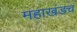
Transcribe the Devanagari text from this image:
महाखंडच